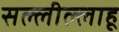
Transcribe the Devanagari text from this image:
सल्लील्लाहू